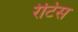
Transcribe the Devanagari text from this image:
रेटिस